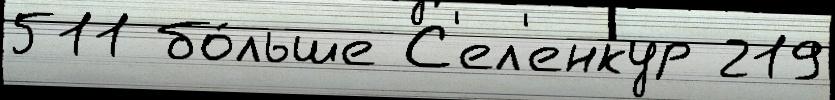
511 бо́льше С'ел'енкур 219